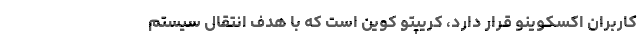
کاربران اکسکوینو قرار دارد، کریپتو کوین است که با هدف انتقال سیستم